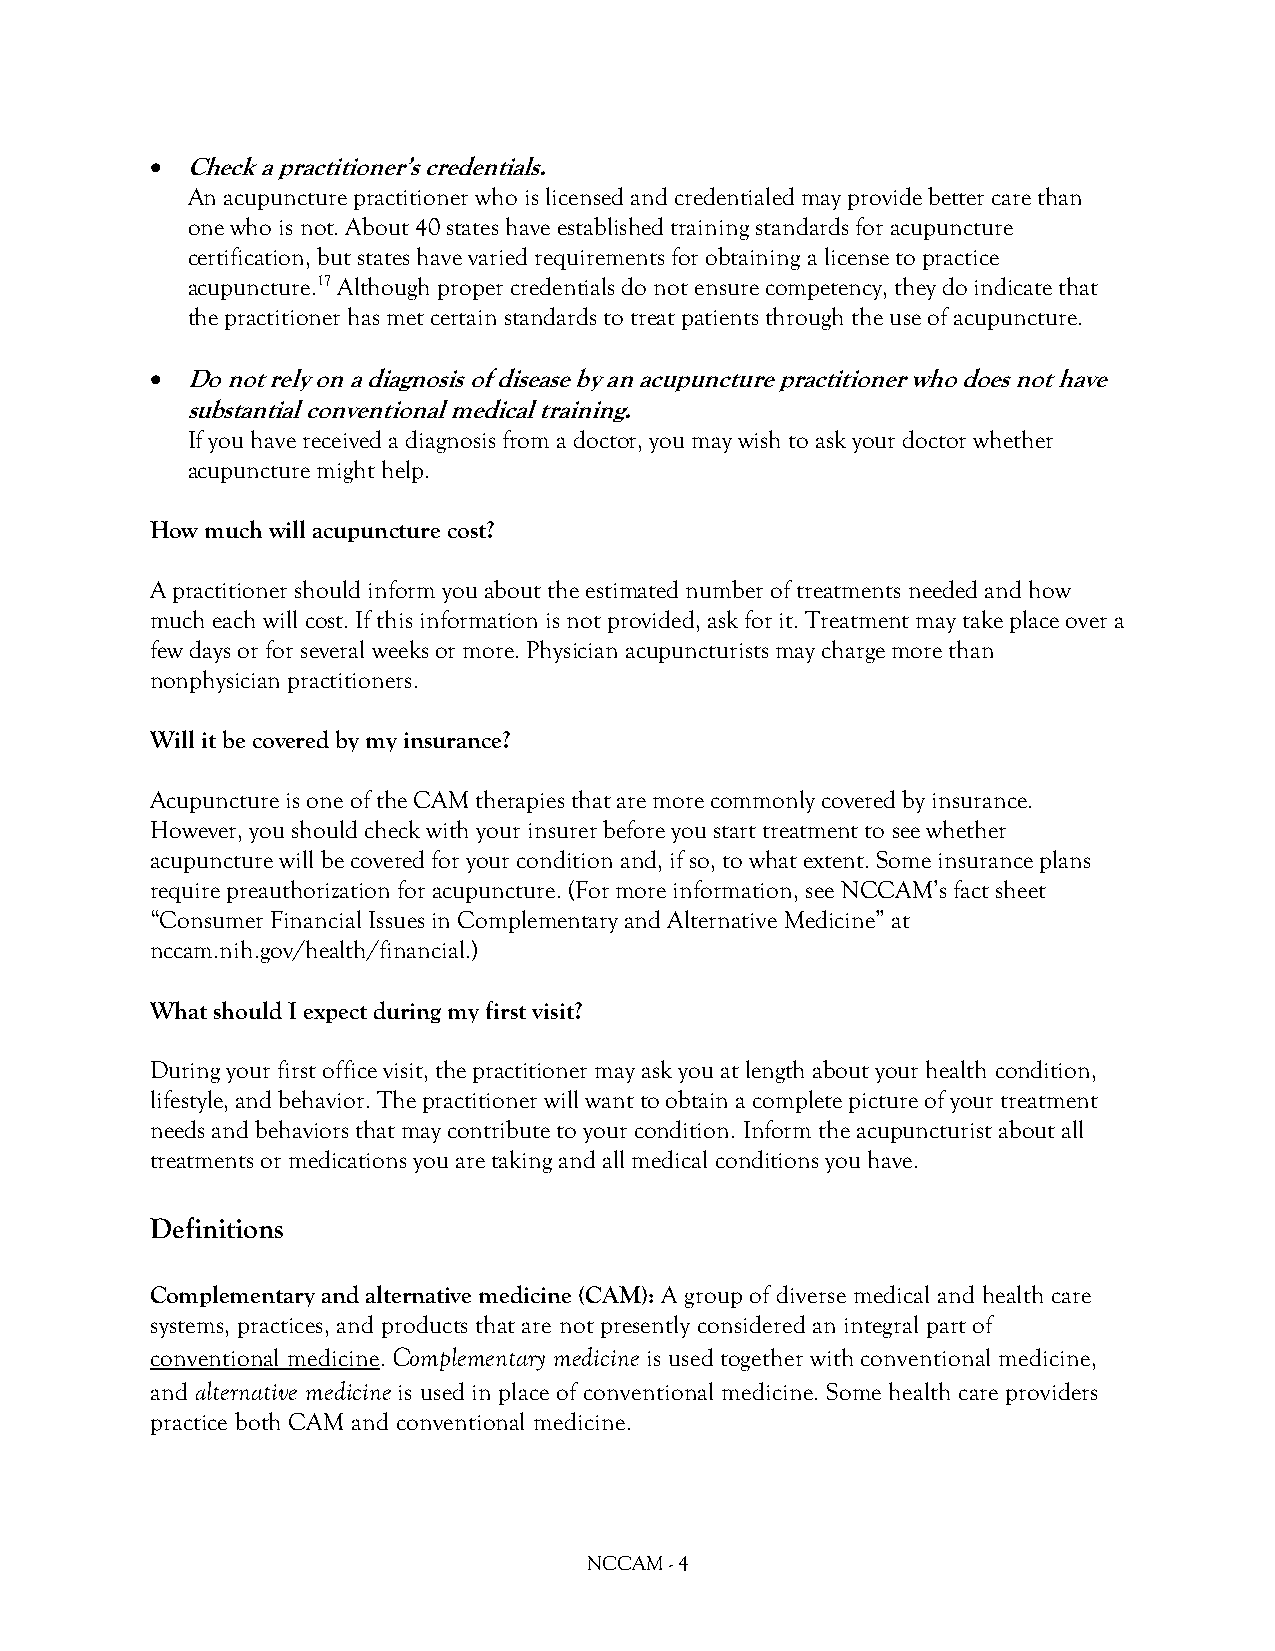
• Check a practitioner’s credentials.
 An acupuncture practitioner who is licensed and credentialed may provide better care than
 one who is not. About 40 states have established training standards for acupuncture
 certification, but states have varied requirements for obtaining a license to practice
 acupuncture.17 Although proper credentials do not ensure competency, they do indicate that
 the practitioner has met certain standards to treat patients through the use of acupuncture.
 • Do not rely on a diagnosis of disease by an acupuncture practitioner who does not have
 substantial conventional medical training.
 If you have received a diagnosis from a doctor, you may wish to ask your doctor whether
 acupuncture might help.
 How much will acupuncture cost?
 A practitioner should inform you about the estimated number of treatments needed and how
 much each will cost. If this information is not provided, ask for it. Treatment may take place over a
 few days or for several weeks or more. Physician acupuncturists may charge more than
 nonphysician practitioners.
 Will it be covered by my insurance?
 Acupuncture is one of the CAM therapies that are more commonly covered by insurance.
 However, you should check with your insurer before you start treatment to see whether
 acupuncture will be covered for your condition and, if so, to what extent. Some insurance plans
 require preauthorization for acupuncture. (For more information, see NCCAM’s fact sheet
 “Consumer Financial Issues in Complementary and Alternative Medicine” at
 nccam.nih.gov/health/financial.)
 What should I expect during my first visit?
 During your first office visit, the practitioner may ask you at length about your health condition,
 lifestyle, and behavior. The practitioner will want to obtain a complete picture of your treatment
 needs and behaviors that may contribute to your condition. Inform the acupuncturist about all
 treatments or medications you are taking and all medical conditions you have.
 Definitions
 Complementary and alternative medicine (CAM): A group of diverse medical and health care
 systems, practices, and products that are not presently considered an integral part of
 conventional medicine. Complementary medicine is used together with conventional medicine,
 and alternative medicine is used in place of conventional medicine. Some health care providers
 practice both CAM and conventional medicine.
 NCCAM - 4